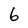
Character: 6